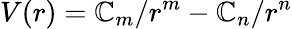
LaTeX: V(r)=\mathbb{C}_{m}/r^{m}-\mathbb{C}_{n}/r^{n}